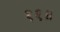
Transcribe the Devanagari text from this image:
११॥